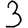
Digit: 3